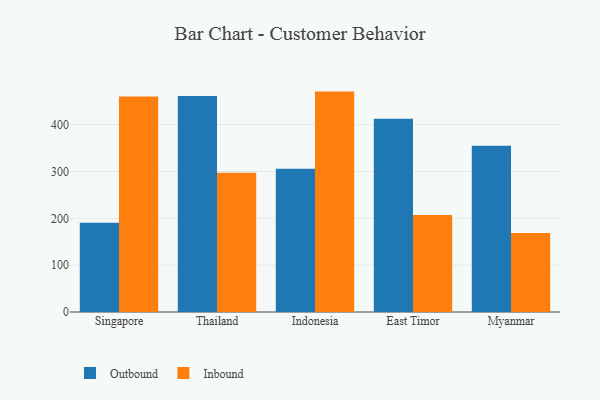
{"axis": {"x": "Country", "y": "Humidity (%)"}, "legend": ["Inbound", "Outbound"], "data": [{"x": "Singapore", "y": 190.6, "type": "Outbound"}, {"x": "Singapore", "y": 460.2, "type": "Inbound"}, {"x": "Thailand", "y": 461.3, "type": "Outbound"}, {"x": "Thailand", "y": 297.3, "type": "Inbound"}, {"x": "Indonesia", "y": 305.9, "type": "Outbound"}, {"x": "Indonesia", "y": 470.5, "type": "Inbound"}, {"x": "East Timor", "y": 412.8, "type": "Outbound"}, {"x": "East Timor", "y": 207.1, "type": "Inbound"}, {"x": "Myanmar", "y": 355.1, "type": "Outbound"}, {"x": "Myanmar", "y": 168.6, "type": "Inbound"}]}